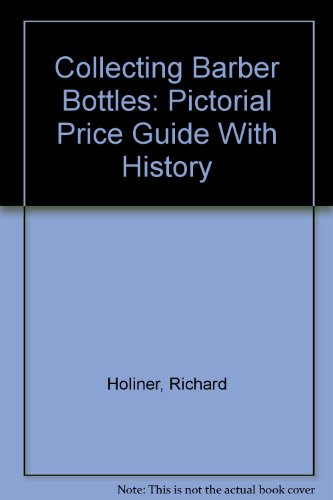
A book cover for Collecting Barber Bottles: Pictorial Price Guide With History; Richard Holiner; Crafts, Hobbies & Home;